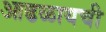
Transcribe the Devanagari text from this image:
आढळायची